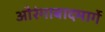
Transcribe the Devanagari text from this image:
औरंगाबादमार्गे